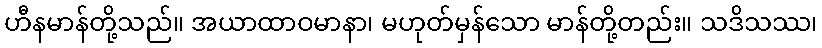
ဟီနမာန်တို့သည်။ အယာထာဝမာနာ၊ မဟုတ်မှန်သော မာန်တို့တည်း။ သဒိသဿ၊